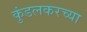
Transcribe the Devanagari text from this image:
कुंडलकरच्या